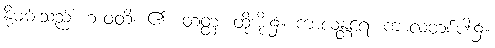
နို့ဓမ်းသည်။ ဘဝတိ၊ ၏။ တတ္ထ၊ ထိုအိုး၌။ ကာလန္တရေ၊ ကာလတစ်ပါး၌။